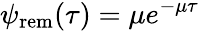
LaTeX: \psi_{\mathrm{rem}}(\tau)=\mu e^{-\mu\tau}